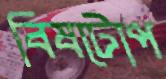
বিষটোপ